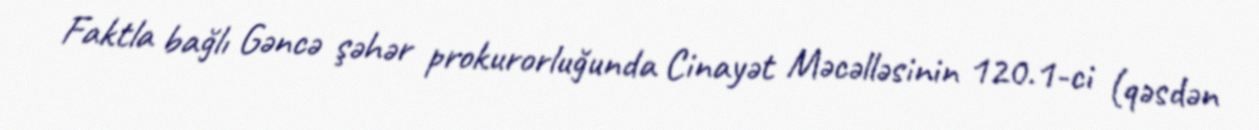
Faktla bağlı Gəncə şəhər prokurorluğunda Cinayət Məcəlləsinin 120.1-ci (qəsdən